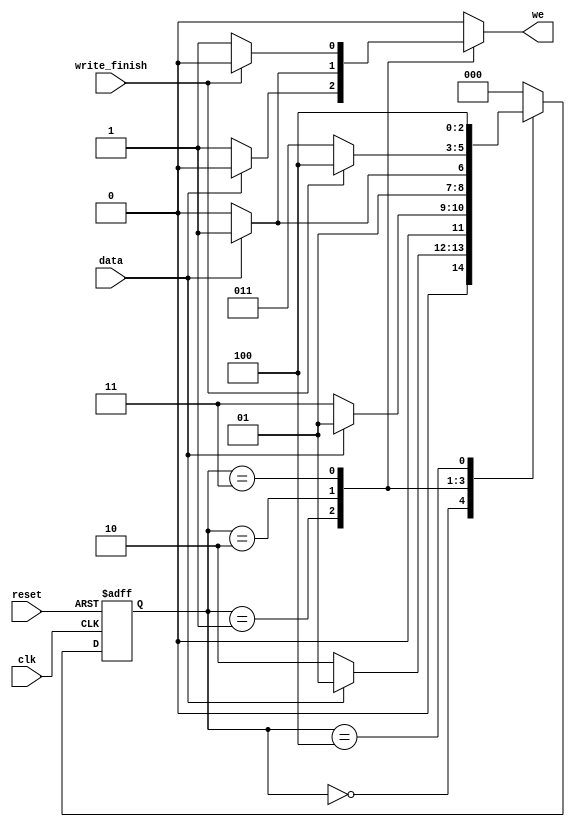
module edge_det 
(
    input clk ,data,reset,write_finish,
    output reg we    
 );

	// Declare state register
	reg		[2:0]state;
initial begin
	state = 0 ; we = 0;
end
	// Declare states
	parameter S0 = 0, S1 = 1, S2 = 2, S3 = 3, S4 = 4;

	// Determine the next state synchronously, based on the
	// current state and the input
	always @ (posedge clk or posedge reset) begin
		if (reset)
			state <= S0;
		else
			case (state)
				S0:
					if (data)
					begin
						state <= S1;
					end
					else
					begin
						state <= S2;
					end
				S1:
					if (data)
					begin
						state <= S1;
					end
					else
					begin
						state <= S3;
					end
				S2:
					if (data)
					begin
						state <= S3;
					end
					else
					begin
						state <= S2;
					end
				S3:
					if (write_finish)
					begin
						state <= S4;
					end
					else
					begin
						state <= S3;
					end
				S4:
					state <= S4;	
				default:
					state <=S0;
			endcase
	end

	// Determine the weput based only on the current state
	// and the input (do not wait for a clock edge).
	always @ (state or data or write_finish)
	begin
			case (state)
				S0:
					if (data)
					begin
						we = 0;
					end
					else
					begin
						we = 0;
					end
				S1:
					if (data)
					begin
						we = 0;
					end
					else
					begin
						we = 1;
					end
				S2:
					if (data)
					begin
						we = 1;
					end
					else
					begin
						we = 0;
					end
				S3:
					if (write_finish)
					begin
						we = 0;
					end
					else
					begin
						we = 1;
					end
				S4:
					we = 0;
				
				default:
					we = 0;
			endcase
	end
endmodule //edge_det